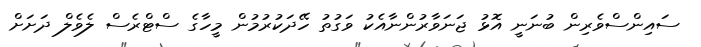
ސައިންސްވެރިން ބުނަނީ އޮޅު ޖަނަވާރުންނާއެކު ވަގުތު ހޭދަކުރުމުން މީހާގެ ސްޓްރެސް ލެވެލް ދަށަށް